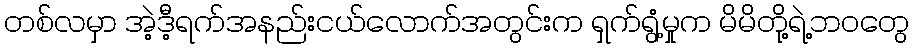
တစ်လမှာ အဲ့ဒီ့ရက်အနည်းငယ်လောက်အတွင်းက ရှက်ရွံ့မှုက မိမိတို့ရဲ့ဘဝတွေ